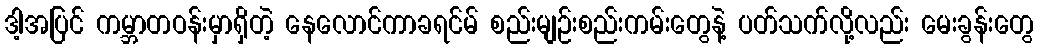
ဒါ့အပြင် ကမ္ဘာတဝန်းမှာရှိတဲ့ နေလောင်ကာခရင်မ် စည်းမျဉ်းစည်းကမ်းတွေနဲ့ ပတ်သက်လို့လည်း မေးခွန်းတွေ